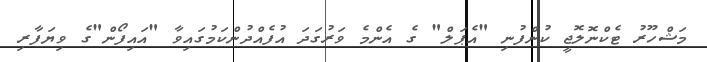
މަޝްހޫރު ޓެކްނޮލޮޖީ ކުންފުނި "އެޕަލް" ގެ އެންމެ ވަރުގަދަ އުފެއްދުންކަމުގައިވާ "އައިފޯން"ގެ ވިޔަފާރި